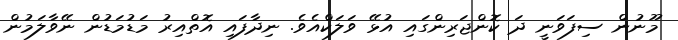
މޫނުން ސިފަވަނީ ދަ ކޮންޖަރިންގައި އުޅޭ ވަލަކްއެވެ. ނިދާފައި އޮތްއިރު މަޑުމަޑުން ނޭވާލަމުން